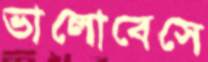
ভালোবেসে